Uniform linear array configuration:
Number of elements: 8
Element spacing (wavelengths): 0.25
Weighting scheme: uniform
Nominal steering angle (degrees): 30
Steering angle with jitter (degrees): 29.525
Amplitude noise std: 0.05
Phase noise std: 0.05

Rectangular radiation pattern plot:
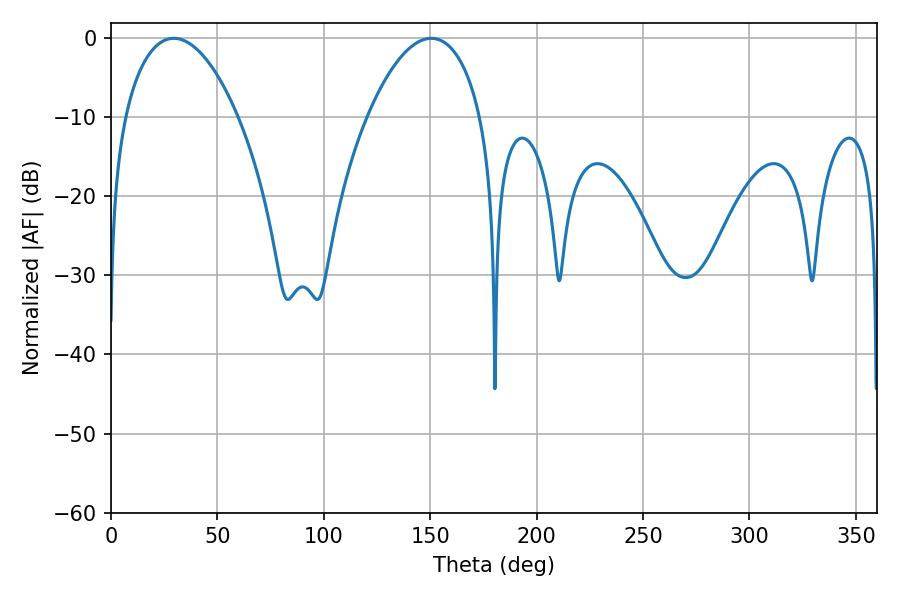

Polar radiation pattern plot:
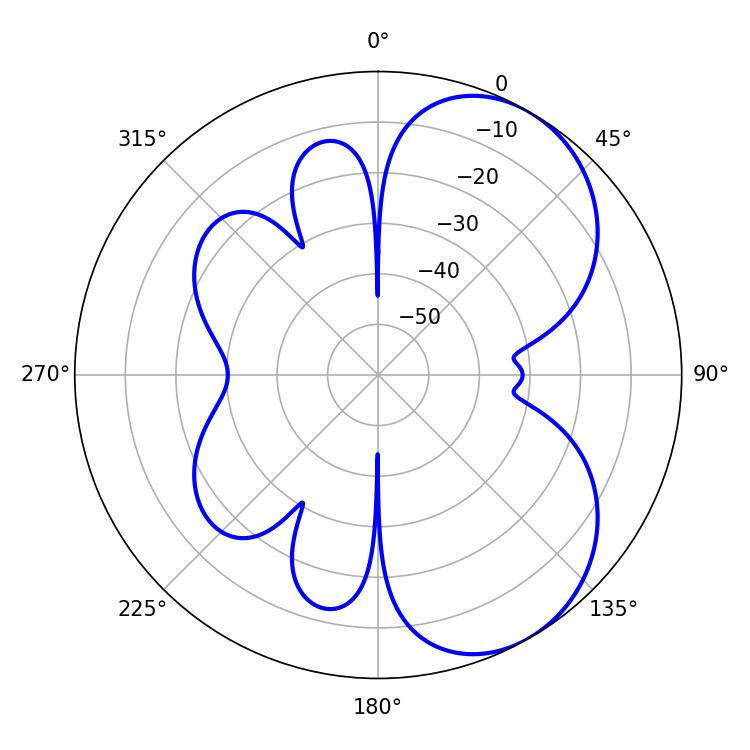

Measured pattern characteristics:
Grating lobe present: FALSE
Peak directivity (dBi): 5.672
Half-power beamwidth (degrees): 30.06
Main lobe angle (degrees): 29.52